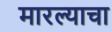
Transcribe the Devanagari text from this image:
मारल्याचा